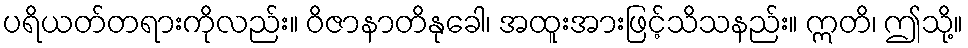
ပရိယတ်တရားကိုလည်း။ ဝိဇာနာတိနုခေါ၊ အထူးအားဖြင့်သိသနည်း။ ဣတိ၊ ဤသို့။